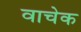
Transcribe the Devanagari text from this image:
वाचेक